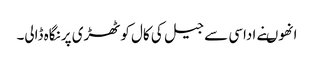
انھوںنے اداسی سے جیل کی کال کوٹھڑی پر نگاہ ڈالی۔